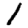
Digit: 1